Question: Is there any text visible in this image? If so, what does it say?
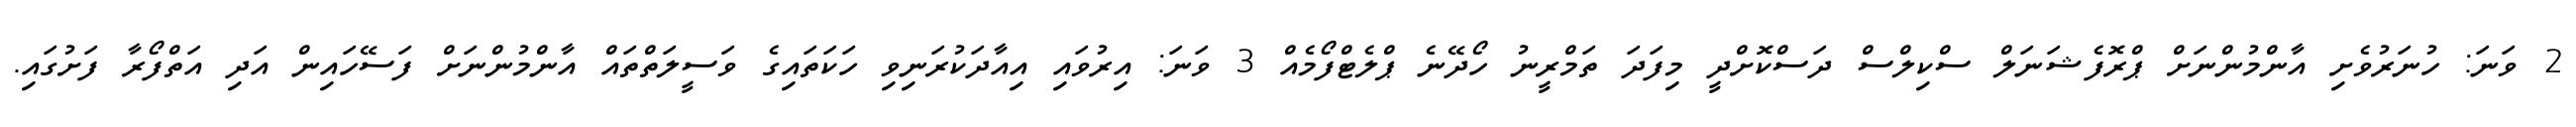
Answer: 2 ވަނަ: ހުނަރުވެށި އާންމުންނަށް ޕްރޮފެޝަނަލް ސްކިލްސް ދަސްކޮށްދީ މިފަދަ ތަމްރީނު ހޯދޭނެ ޕްލެޓްފޯމެއް 3 ވަނަ: އިރުވައި އިއާދަކުރަނިވި ހަކަތައިގެ ވަސީލަތްތައް އާންމުންނަށް ފަސޭހައިން އަދި އަތްފޯރާ ފަށުގައި.